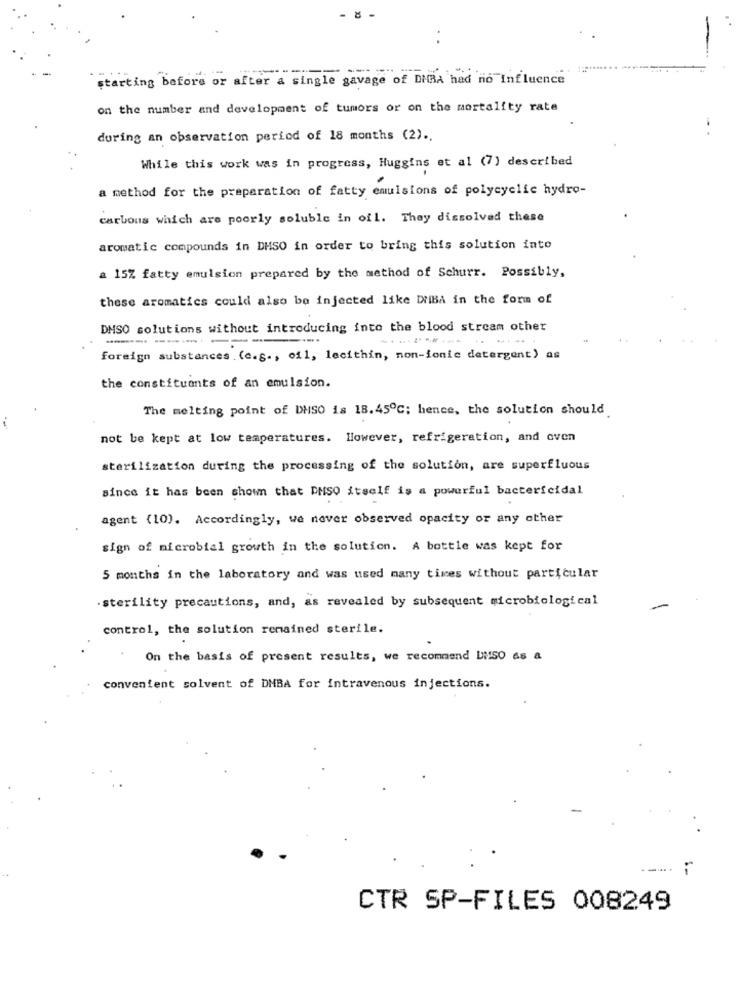
starting before or after a single gavage of DIBA had no Influence
on the number and development of tumors or on the mortality rate
during an observation period of 18 months (2) ..
While this work was in progress, Huggins et al (7) described
a method for the preparation of fatty emulsions of polycyclic hydro-
carbous which are poorly soluble in ofl. They dissolved these
aromatic compounds in DHSO in order to bring this solution into
a 15% fatty emulsion prepared by the method of Schurr. Possibly,
these aromatics could also be injected like DUBA in the form of
DMSO solutions without introducing into the blood stream other
-....
foreign substances . (c.g ., oil, lecithin, non-ionic detergent) as
the constituents of an emulsion.
The melting point of DMSO is 18.45℃; hence, the solution should
not be kept at low temperatures. However, refrigeration, and oven
sterilization during the processing of the solution, are superfluous
since it has been shown that PMSQ itself is a powerful bactericidal
agent (10). Accordingly, we never observed opacity or any other
sign of microbial growth in the solution. A bottle was kept for
5 months in the laboratory and was used many times without particular
·sterility precautions, and, as revealed by subsequent microbiological
control, the solution remained sterile.
On the basis of present results, we recommend Di!SO as a
convenient solvent of DMBA for intravenous injections.
CTR SP-FILES 008249